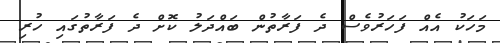
މަހަކު އެއް ފަހަރުވެސް ދެ ފަރާތުން ބައްދަލު ކޮށް ދެ ފަރާތުގައި ހުރި